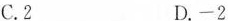
C.2 D.-2